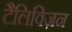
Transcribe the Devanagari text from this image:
टैलिविज़न